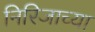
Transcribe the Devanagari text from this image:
निरिजाच्या